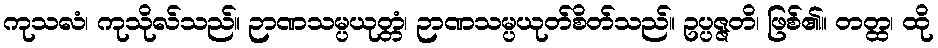
ကုသလံ၊ ကုသိုလ်သည်။ ဉာဏသမ္ပယုတ္တံ၊ ဉာဏသမ္ပယုတ်စိတ်သည်။ ဥပ္ပဇ္ဇတိ၊ ဖြစ်၏။ တတ္ထ၊ ထို